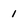
Character: 1